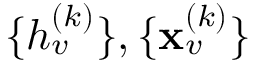
\{ h _ { v } ^ { ( k ) } \} , \{ \mathbf { x } _ { v } ^ { ( k ) } \}